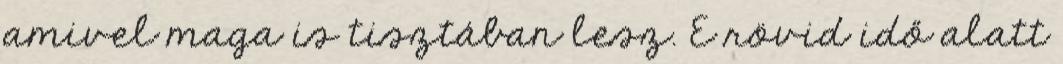
amivel maga is tisztában lesz. E rövid idő alatt